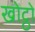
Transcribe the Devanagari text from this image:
खोट्ठो